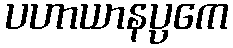
ပဟာယာနပ္ပကေ